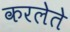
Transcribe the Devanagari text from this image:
करलेते